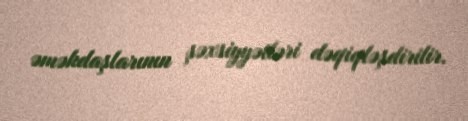
əməkdaşlarının şəxsiyyətləri dəqiqləşdirilir.